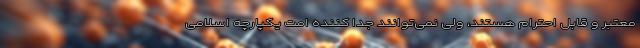
معتبر و قابل احترام هستند، ولی نمی‌توانند جدا کننده امت یکپارچه اسلامی